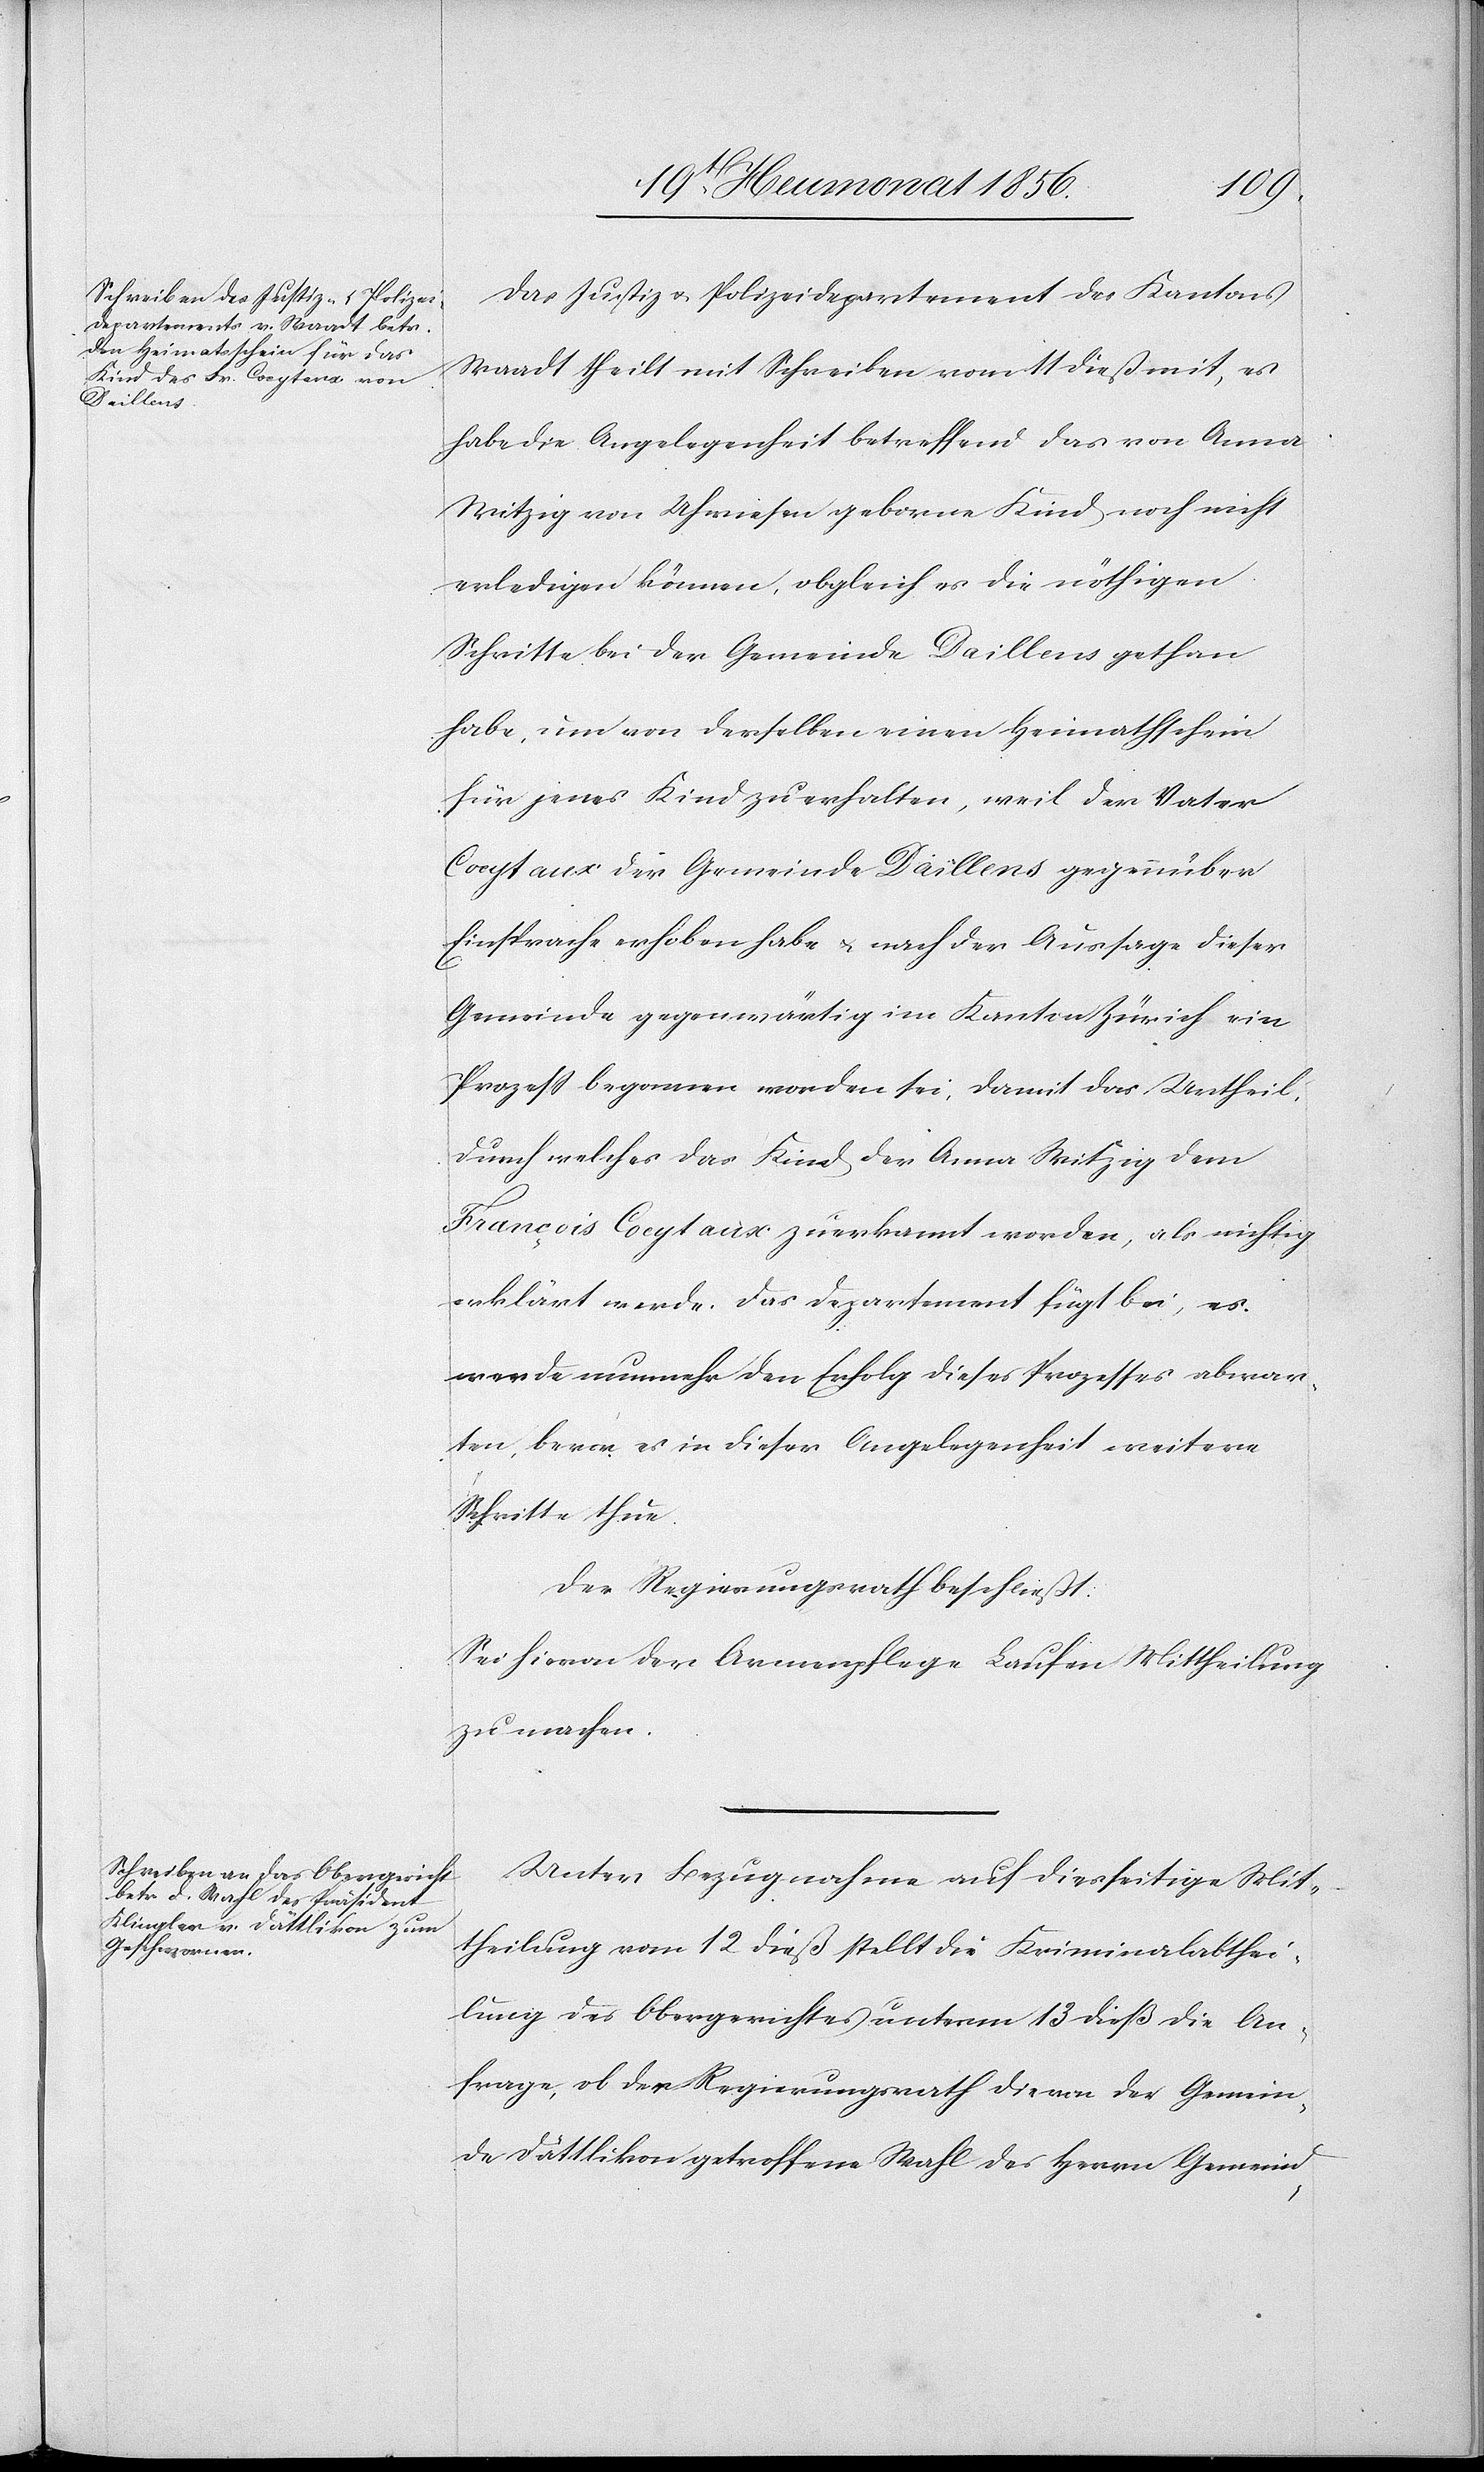
Das Justiz[-] u. Polizeidepartement des Kantons
Waadt theilt mit Schreiben vom 11 dieß mit, es
habe die Angelegenheit betreffend das von Anna
Witzig von Uhwiesen geborne Kind noch nicht
erledigen können, obgleich es die nöthigen
Schritte bei der Gemeinde Daillens gethan
habe, um von derselben einen Heimathschein
für jenes Kind zu erhalten, weil der Vater
Cocytaux der Gemeinde Daillens gegenüber
Einsprache erhoben habe u. nach der Aussage dieser
Gemeinde gegenwärtig im Kanton Zürich ein
Prozess begonnen worden sei, damit das Urtheil,
durch welches das Kind der Anna Witzig dem
François Cocytaux zuerkannt worden, als nichtig
erklärt werde. Das Departement fügt bei, es
werde nunmehr den Erfolg dieses Prozesses abwar¬
ten, bevor es in dieser Angelegenheit weitere
Schritte thue.
Der Regierungsrath beschließt:
Sei hievon der Armenpflege Laufen Mittheilung
zu machen.
Unter Bezugnahme auf diesseitige Mit¬
theilung vom 12 dieß stellt die Kriminalabthei¬
lung des Obergerichtes unterm 13 dieß die An¬
frage, ob der Regierungsrath die von der Gemein¬
de Dättlikon getroffene Wahl des Herrn Gemeind-